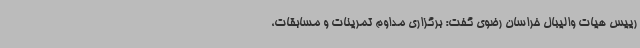
رییس هیات والیبال خراسان رضوی گفت: برگزاری مداوم تمرینات و مسابقات،